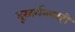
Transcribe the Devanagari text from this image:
दूरदर्शनवरही